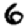
Digit: 6